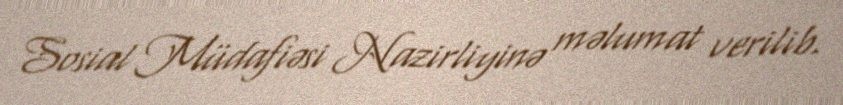
Sosial Müdafiəsi Nazirliyinə məlumat verilib.